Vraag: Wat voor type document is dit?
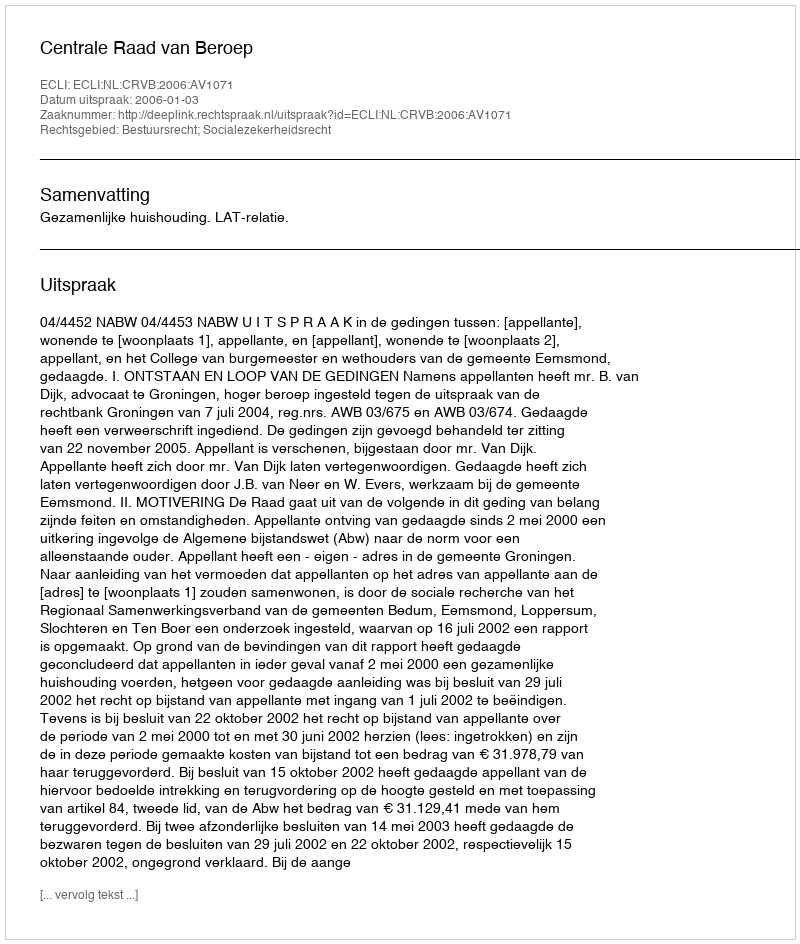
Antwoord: Uitspraak